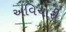
અવિચારી